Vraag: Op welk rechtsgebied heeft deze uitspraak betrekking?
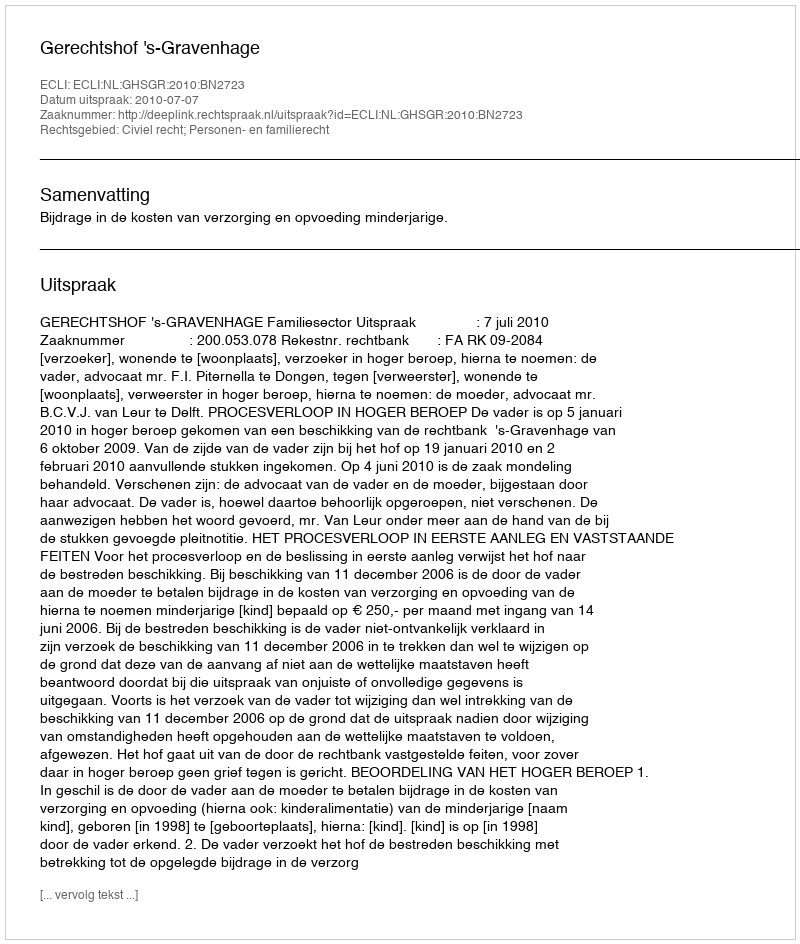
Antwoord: Civiel recht; Personen- en familierecht